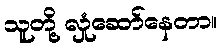
သူတို့ လှုံဆော်နေတာ။